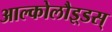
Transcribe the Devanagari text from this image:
आल्कोलौइ्डस्